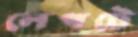
লেপটে